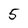
Character: 5